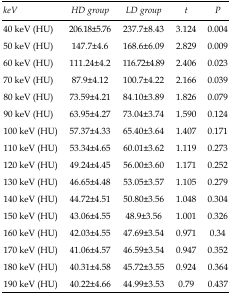
<table><thead><tr><td><b><i>keV</i></b></td><td><b><i>HD group</i></b></td><td><b><i>LD group</i></b></td><td><b><i>t</i></b></td><td><b><i>P</i></b></td></tr></thead><tbody><tr><td>40 keV (HU)</td><td>206.18±5.76</td><td>237.7±8.43</td><td>3.124</td><td>0.004</td></tr><tr><td>50 keV (HU)</td><td>147.7±4.6</td><td>168.6±6.09</td><td>2.829</td><td>0.009</td></tr><tr><td>60 keV (HU)</td><td>111.24±4.2</td><td>116.72±4.89</td><td>2.406</td><td>0.023</td></tr><tr><td>70 keV (HU)</td><td>87.9±4.12</td><td>100.7±4.22</td><td>2.166</td><td>0.039</td></tr><tr><td>80 keV (HU)</td><td>73.59±4.21</td><td>84.10±3.89</td><td>1.826</td><td>0.079</td></tr><tr><td>90 keV (HU)</td><td>63.95±4.27</td><td>73.04±3.74</td><td>1.590</td><td>0.124</td></tr><tr><td>100 keV (HU)</td><td>57.37±4.33</td><td>65.40±3.64</td><td>1.407</td><td>0.171</td></tr><tr><td>110 keV (HU)</td><td>53.34±4.65</td><td>60.01±3.62</td><td>1.119</td><td>0.273</td></tr><tr><td>120 keV (HU)</td><td>49.24±4.45</td><td>56.00±3.60</td><td>1.171</td><td>0.252</td></tr><tr><td>130 keV (HU)</td><td>46.65±4.48</td><td>53.05±3.57</td><td>1.105</td><td>0.279</td></tr><tr><td>140 keV (HU)</td><td>44.72±4.51</td><td>50.80±3.56</td><td>1.048</td><td>0.304</td></tr><tr><td>150 keV (HU)</td><td>43.06±4.55</td><td>48.9±3.56</td><td>1.001</td><td>0.326</td></tr><tr><td>160 keV (HU)</td><td>42.03±4.55</td><td>47.69±3.54</td><td>0.971</td><td>0.34</td></tr><tr><td>170 keV (HU)</td><td>41.06±4.57</td><td>46.59±3.54</td><td>0.947</td><td>0.352</td></tr><tr><td>180 keV (HU)</td><td>40.31±4.58</td><td>45.72±3.55</td><td>0.924</td><td>0.364</td></tr><tr><td>190 keV (HU)</td><td>40.22±4.66</td><td>44.99±3.53</td><td>0.79</td><td>0.437</td></tr></tbody></table>